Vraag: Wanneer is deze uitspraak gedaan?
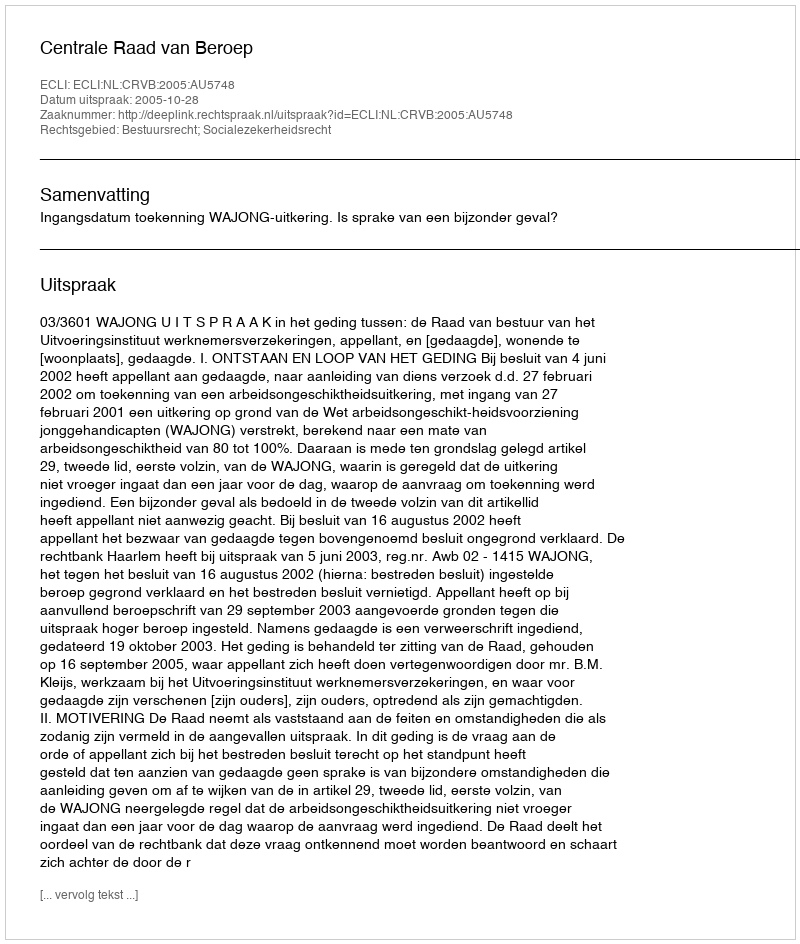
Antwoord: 2005-10-28